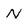
Character: n